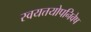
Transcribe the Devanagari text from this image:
स्वयत्तयोपनिवेष